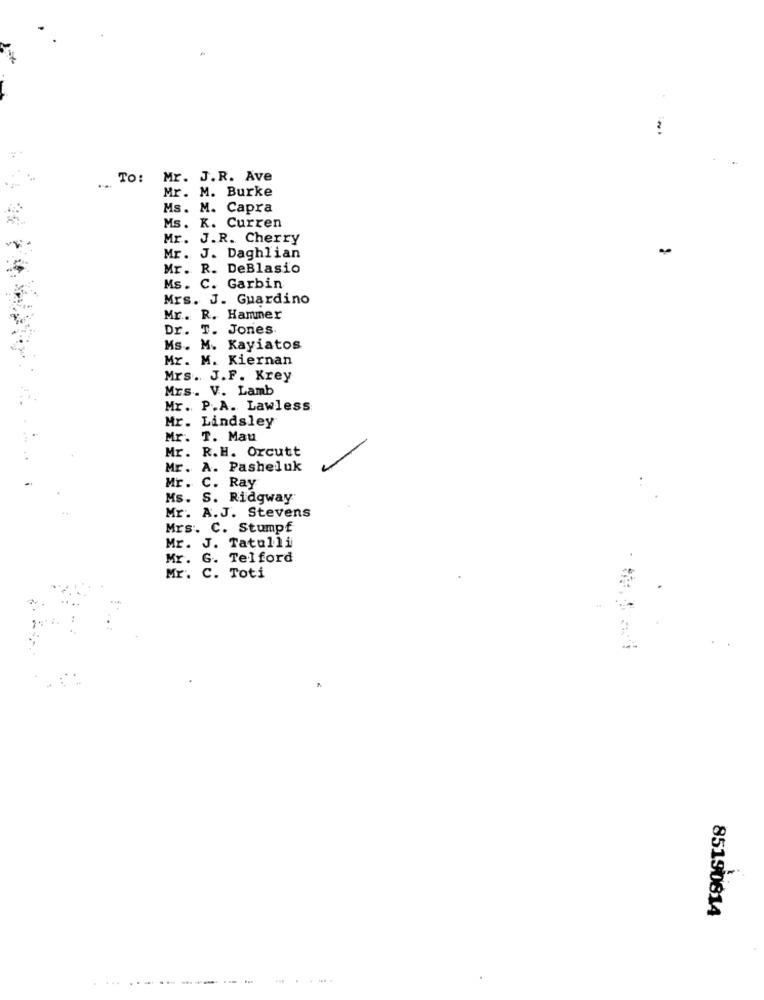
To: Mr. J.R. Ave
Mr. M. Burke
Ms. M. Capra
Ms. K. Curren
Mr. J.R. Cherry
Mr. J. Daghlian
Mr. R. DeBlasio
Ms. C. Garbin
Mrs. J. Guardino
Mr. R. Hammer
Dr.
T. Jones
Ms. M. Kayiatos
Mr. M. Kiernan
Mrs. J.F. Krey
Mrs. V. Lamb
Mr. P.A. Lawless
Mr. Lindsley
Mr. T. Mau
Mr. R.H. Orcutt
Mr. A. Pasheluk
Mr. C. Ray
Ms. S. Ridgway'
Mr. A.J. Stevens
Mrs. C. Stumpf
Mr. J. Tatulli
Mr. G. Telford
Mr. C. Toti
85190614
...
------